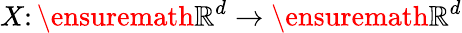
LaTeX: X\colon\ensuremath{\mathbb{R}^{d}}\to\ensuremath{\mathbb{R}^{d}}